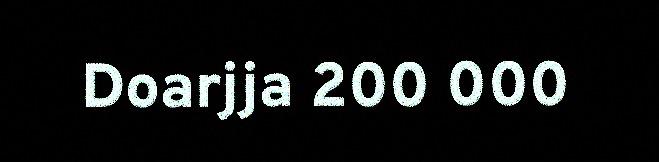
Doarjja 200 000